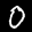
Label: 0